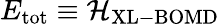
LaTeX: E_{\mathrm{tot}}\equiv{\cal H}_{\mathrm{XL-BOMD}}